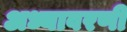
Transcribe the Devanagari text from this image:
अध्यावरणी